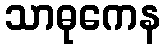
သာဓုကေန